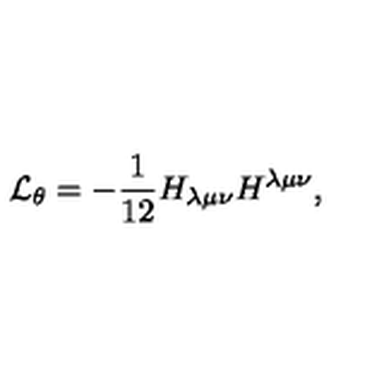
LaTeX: { \cal L } _ { \theta } = - \frac { 1 } { 1 2 } H _ { \lambda \mu \nu } H ^ { \lambda \mu \nu } ,